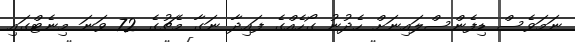
ނަމަވެސް ޑިފެންސްލައިނަށް ހެދުނު ގޯހެއްގެ ފައިދާ ނަގާ މެޗުގެ 72 ވަނަ މިނެޓްގައި